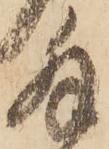
拝